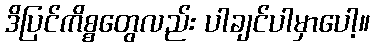
ဒိပြင်ကိစ္စတွေလည်း ပါချင်ပါမှာပေါ့။